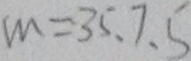
m = 3 5 . 7 . 5